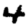
Digit: 4